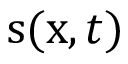
\mathbf { \boldsymbol { s } } ( \mathbf { \boldsymbol { x } } , t )